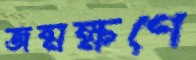
জন্মক্ষণে